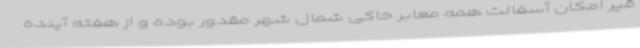
قیر امکان آسفالت همه معابر خاکی شمال شهر مقدور بوده و از هفته آینده